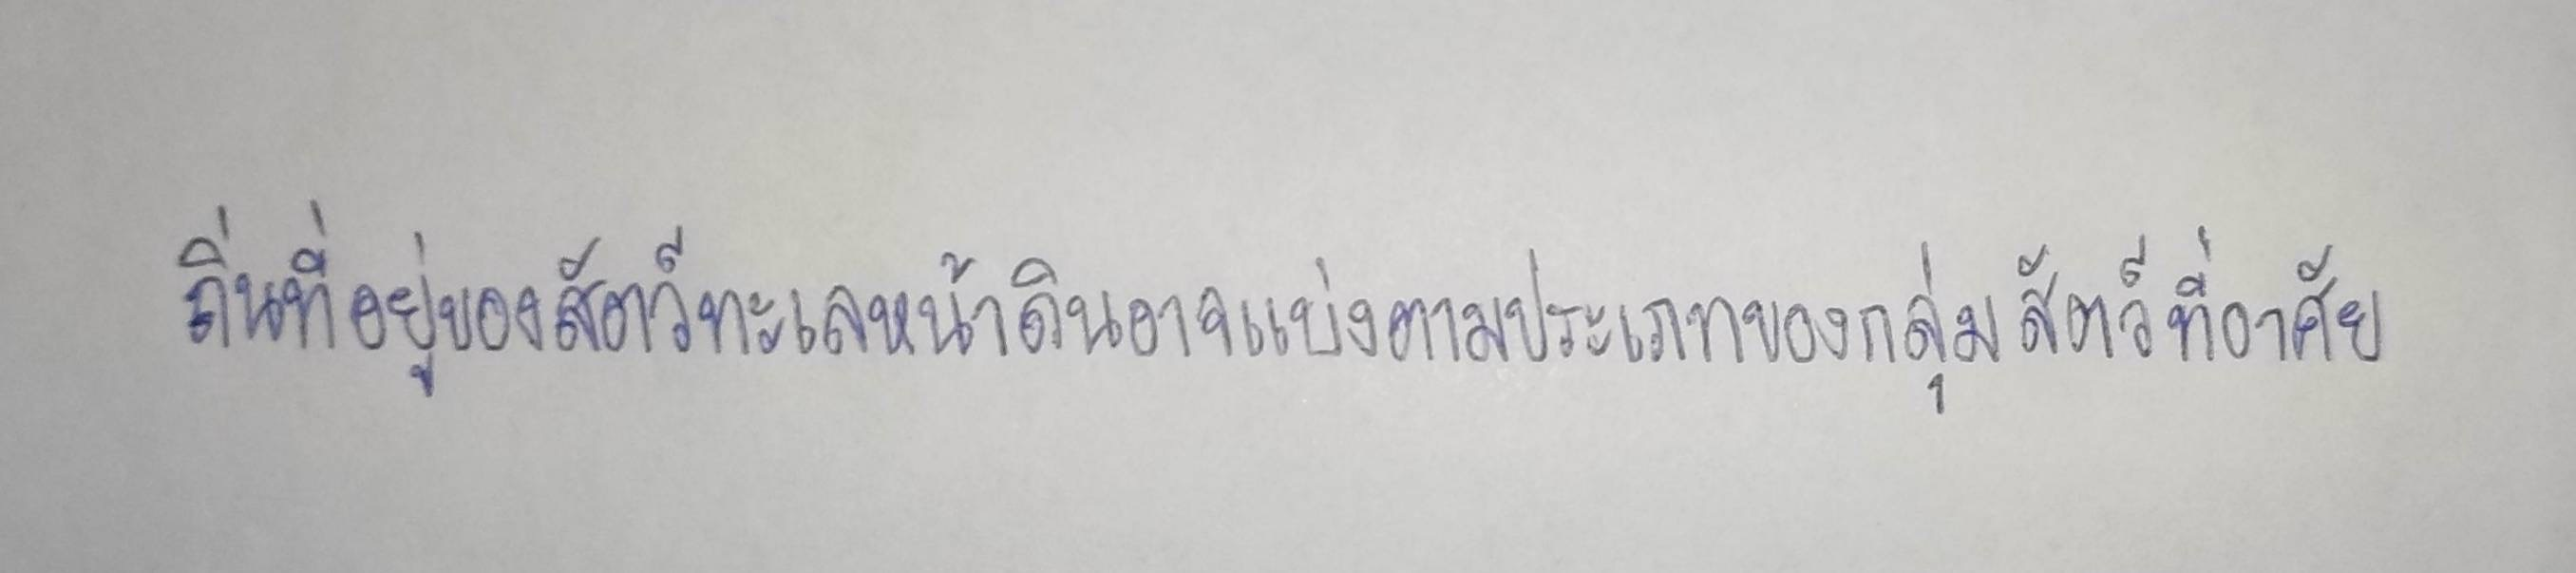
ถิ่นที่อยู่ของสัตว์ทะเลหน้าดินอาจแบ่งตามประเภทของกลุ่มสัตว์ที่อาศัย